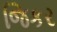
જિકર